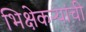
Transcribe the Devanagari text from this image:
भिक्षेकऱ्यांची